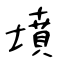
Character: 墳